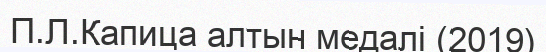
П.Л.Капица алтын медалі (2019)